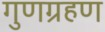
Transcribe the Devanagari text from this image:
गुणग्रहण